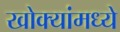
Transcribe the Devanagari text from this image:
खोक्यांमध्ये